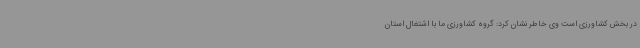
در بخش کشاورزی است وی خاطر نشان کرد: گروه کشاورزی ما با اشتغال استان